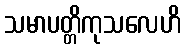
သမာပတ္တိကုသလေဟိ